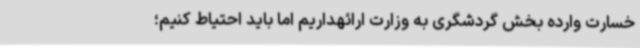
خسارت وارده بخش گردشگری به وزارت ارائهداریم اما باید احتیاط کنیم؛